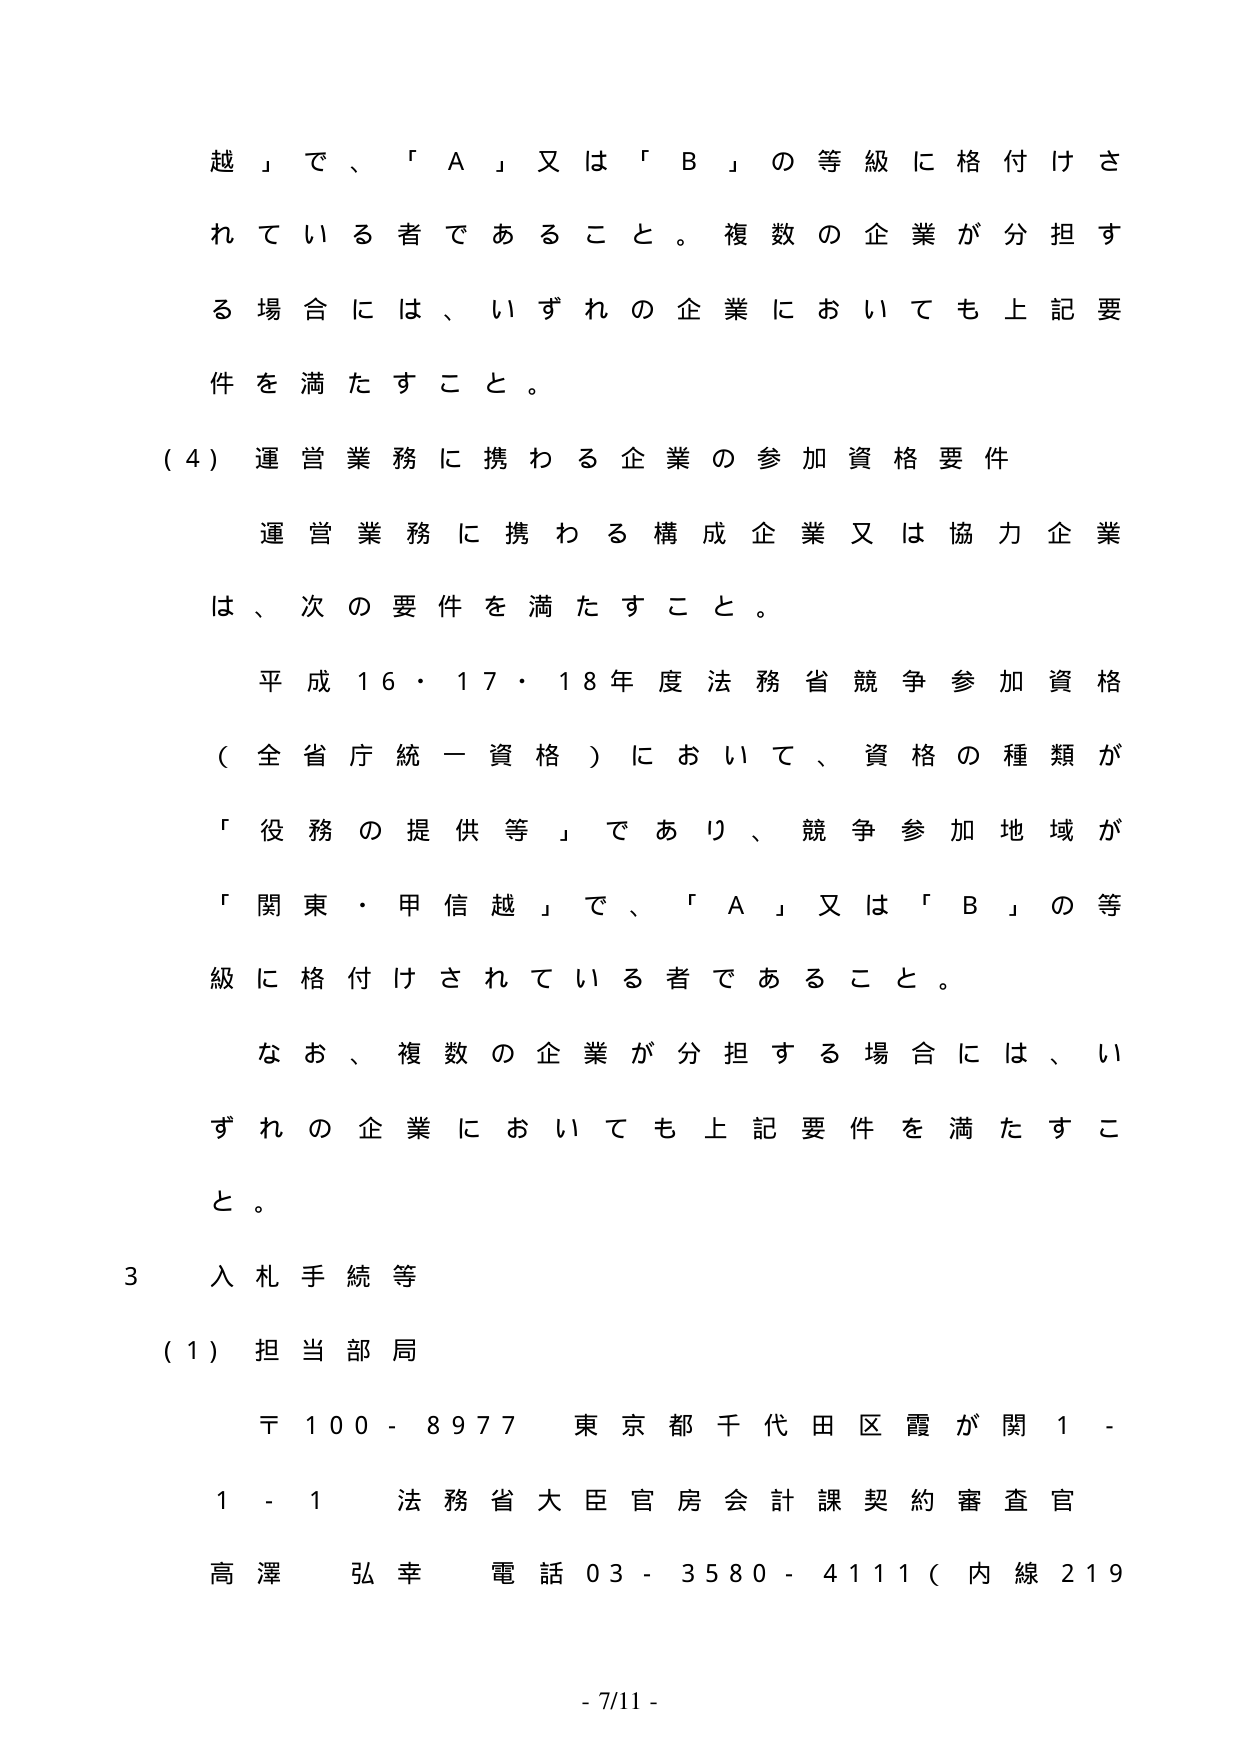
越」で、「Ａ」又は「Ｂ」の等級に格付けされている者であること。複数の企業が分担する場合には、いずれの企業においても上記要件を満たすこと。

（４）運営業務に携わる企業の参加資格要件

　運営業務に携わる構成企業又は協力企業は、次の要件を満たすこと。

　平成１６・１７・１８年度法務省競争参加資格（全省庁統一資格）において、資格の種類が「役務の提供等」であり、競争参加地域が「関東・甲信越」で、「Ａ」又は「Ｂ」の等級に格付けされている者であること。

　なお、複数の企業が分担する場合には、いずれの企業においても上記要件を満たすこと。

３　入札手続等

（１）担当部局

　〒１００－８９７７　東京都千代田区霞が関１－１－１　法務省大臣官房会計課契約審査官

　高澤　弘幸　電話０３－３５８０－４１１１（内線２１９

－７/１１－